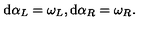
\mathrm { d } \alpha _ { L } = \omega _ { L } , \mathrm { d } \alpha _ { R } = \omega _ { R } .